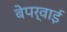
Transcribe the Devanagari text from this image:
बेपर्वाई